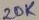
Text: 20K